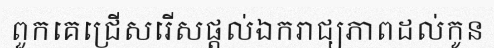
ពួកគេជ្រើសរើសផ្តល់ឯករាជ្យភាពដល់កូន